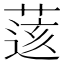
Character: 𦷷